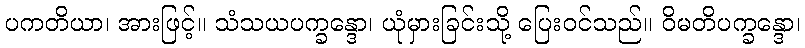
ပကတိယာ၊ အားဖြင့်။ သံသယပက္ခန္ဒော၊ ယုံမှားခြင်းသို့ ပြေးဝင်သည်။ ဝိမတိပက္ခန္ဒော၊